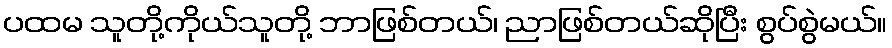
ပထမ သူတို့ကိုယ်သူတို့ ဘာဖြစ်တယ်၊ ညာဖြစ်တယ်ဆိုပြီး စွပ်စွဲမယ်။